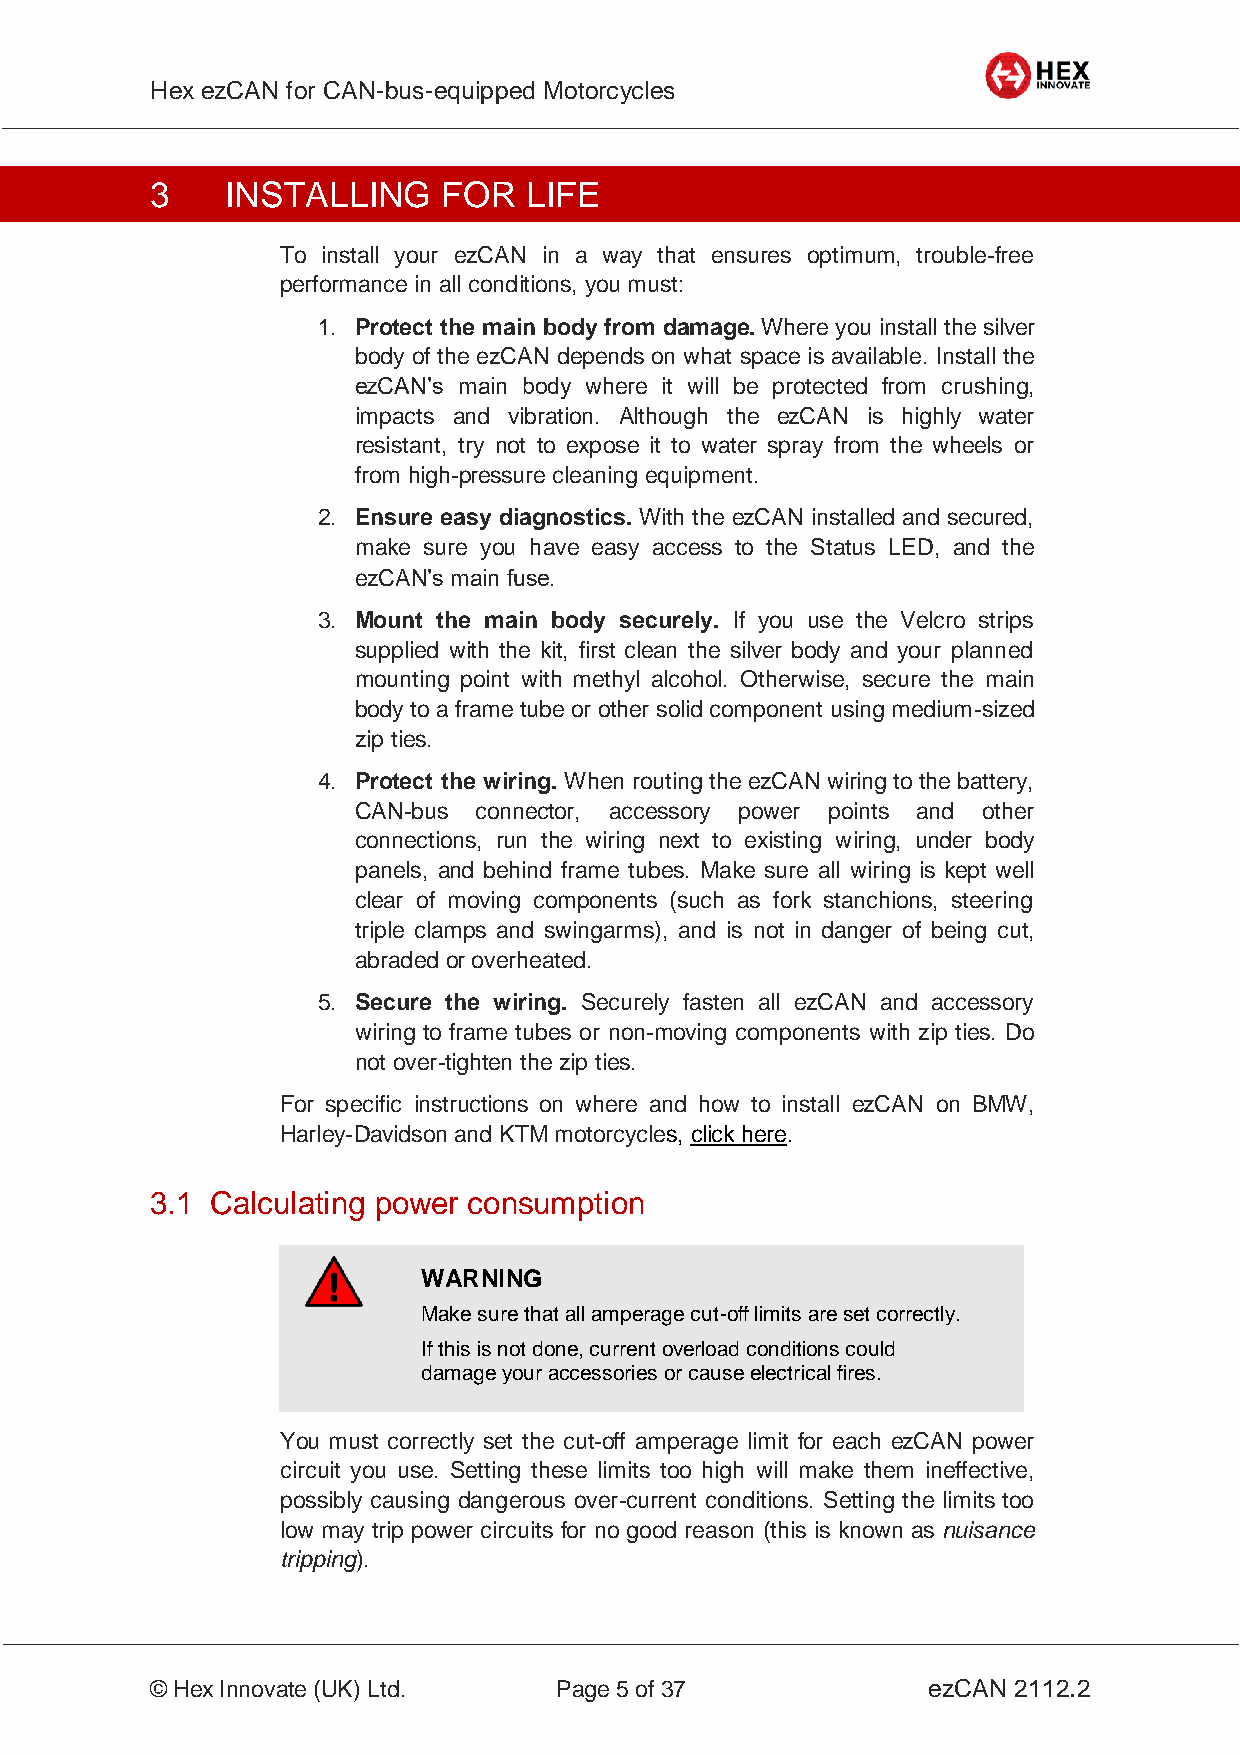
Hex ezCAN for CAN-bus-equipped Motorcycles
 _________________________________________________________________________________________________
 3    INSTALLING    FOR   LIFE
 To install your ezCAN in a way that ensures optimum, trouble-free
 performance in all conditions, you must:
 1. Protect the main body from damage. Where you install the silver
 body of the ezCAN depends on what space is available. Install the
 ezCAN’s main body where it will be protected from crushing,
 impacts and vibration. Although the ezCAN is highly water
 resistant, try not to expose it to water spray from the wheels or
 from high-pressure cleaning equipment.
 2. Ensure easy diagnostics. With the ezCAN installed and secured,
 make sure you have easy access to the Status LED, and the
 ezCAN’s main fuse.
 3. Mount the main body securely. If you use the Velcro strips
 supplied with the kit, first clean the silver body and your planned
 mounting point with methyl alcohol. Otherwise, secure the main
 body to a frame tube or other solid component using medium-sized
 zip ties.
 4. Protect the wiring. When routing the ezCAN wiring to the battery,
 CAN-bus connector, accessory power points and other
 connections, run the wiring next to existing wiring, under body
 panels, and behind frame tubes. Make sure all wiring is kept well
 clear of moving components (such as fork stanchions, steering
 triple clamps and swingarms), and is not in danger of being cut,
 abraded or overheated.
 5. Secure the wiring. Securely fasten all ezCAN and accessory
 wiring to frame tubes or non-moving components with zip ties. Do
 not over-tighten the zip ties.
 For specific instructions on where and how to install ezCAN on BMW,
 Harley-Davidson and KTM motorcycles, click here.
 3.1 Calculating power consumption
 WARNING
 Make sure that all amperage cut-off limits are set correctly.
 If this is not done, current overload conditions could
 damage your accessories or cause electrical fires.
 You must correctly set the cut-off amperage limit for each ezCAN power
 circuit you use. Setting these limits too high will make them ineffective,
 possibly causing dangerous over-current conditions. Setting the limits too
 low may trip power circuits for no good reason (this is known as nuisance
 tripping).
 _________________________________________________________________________________________________
 © Hex Innovate (UK) Ltd.   Page 5 of 37            ezCAN 2112.2